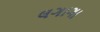
લગાગા